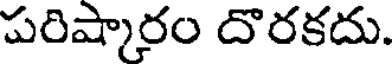
పరిష్కారం దొరకదు.